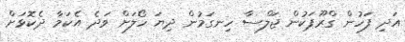
އަދި ފަހުން ގްރޫޕަކުން ޖަލްސާ ހިނގަމުން ދިޔަ ހޯލަށް ވަދެ އެކަމާ ދެކޮޅަށް